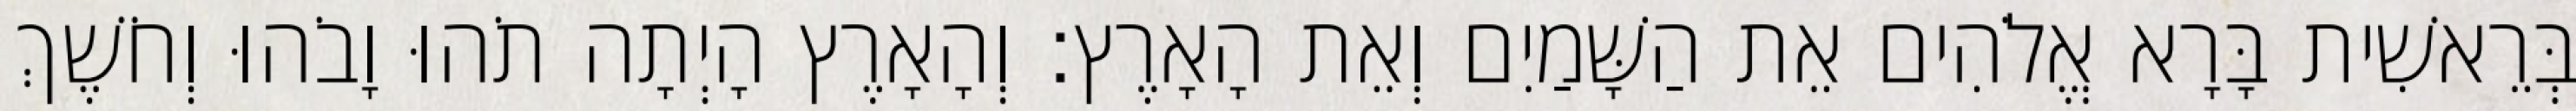
בְּרֵאשִׁית בָּרָא אֱלֹהִים אֵת הַשָּׁמַיִם וְאֵת הָאָרֶץ׃ וְהָאָרֶץ הָיְתָה תֹהוּ וָבֹהוּ וְחֹשֶׁךְ